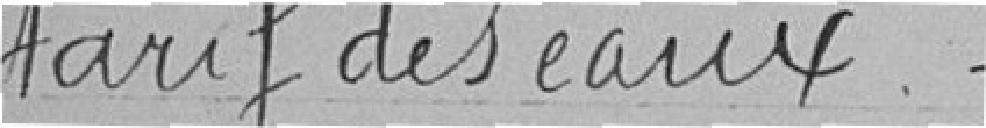
tarif des eaux